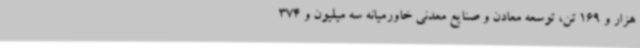
هزار و 169 تن، توسعه معادن و صنایع معدنی خاورمیانه سه میلیون و 374